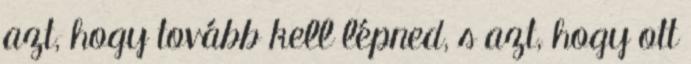
azt, hogy tovább kell lépned, s azt, hogy ott